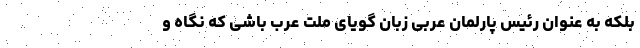
بلکه به عنوان رئیس پارلمان عربی زبان گویای ملت عرب باشی که نگاه و